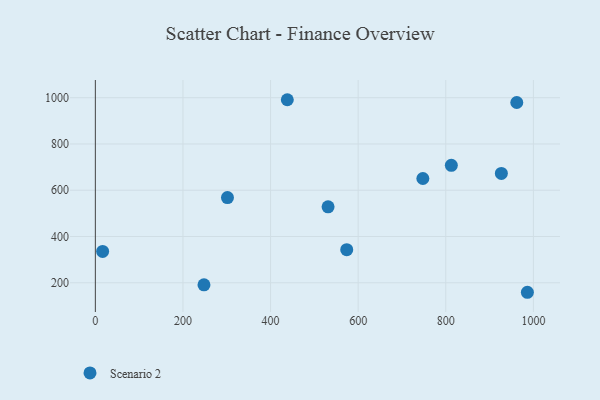
{"axis": {"x": "Engine Size", "y": "Fuel Efficiency"}, "legend": ["Scenario 2"], "data": [{"x": "16.6", "y": 335.3, "type": "Scenario 2"}, {"x": "531.3", "y": 528.2, "type": "Scenario 2"}, {"x": "301.6", "y": 568.5, "type": "Scenario 2"}, {"x": "812.7", "y": 707.5, "type": "Scenario 2"}, {"x": "962.1", "y": 979.4, "type": "Scenario 2"}, {"x": "438.2", "y": 991.3, "type": "Scenario 2"}, {"x": "573.9", "y": 343.0, "type": "Scenario 2"}, {"x": "926.9", "y": 672.6, "type": "Scenario 2"}, {"x": "747.7", "y": 650.7, "type": "Scenario 2"}, {"x": "986.3", "y": 158.9, "type": "Scenario 2"}, {"x": "248.0", "y": 191.1, "type": "Scenario 2"}]}